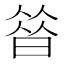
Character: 㫺